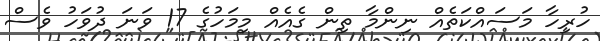
ހުރިހާ މަސައްކަތެއް ނިންމާ ތިން ގެއެއް މިމަހުގެ 17 ވަނަ ދުވަހު ވެސް